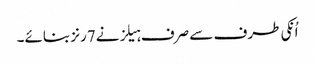
اُنکی طرف سے صرف ہیلز نے7رنز بنائے۔